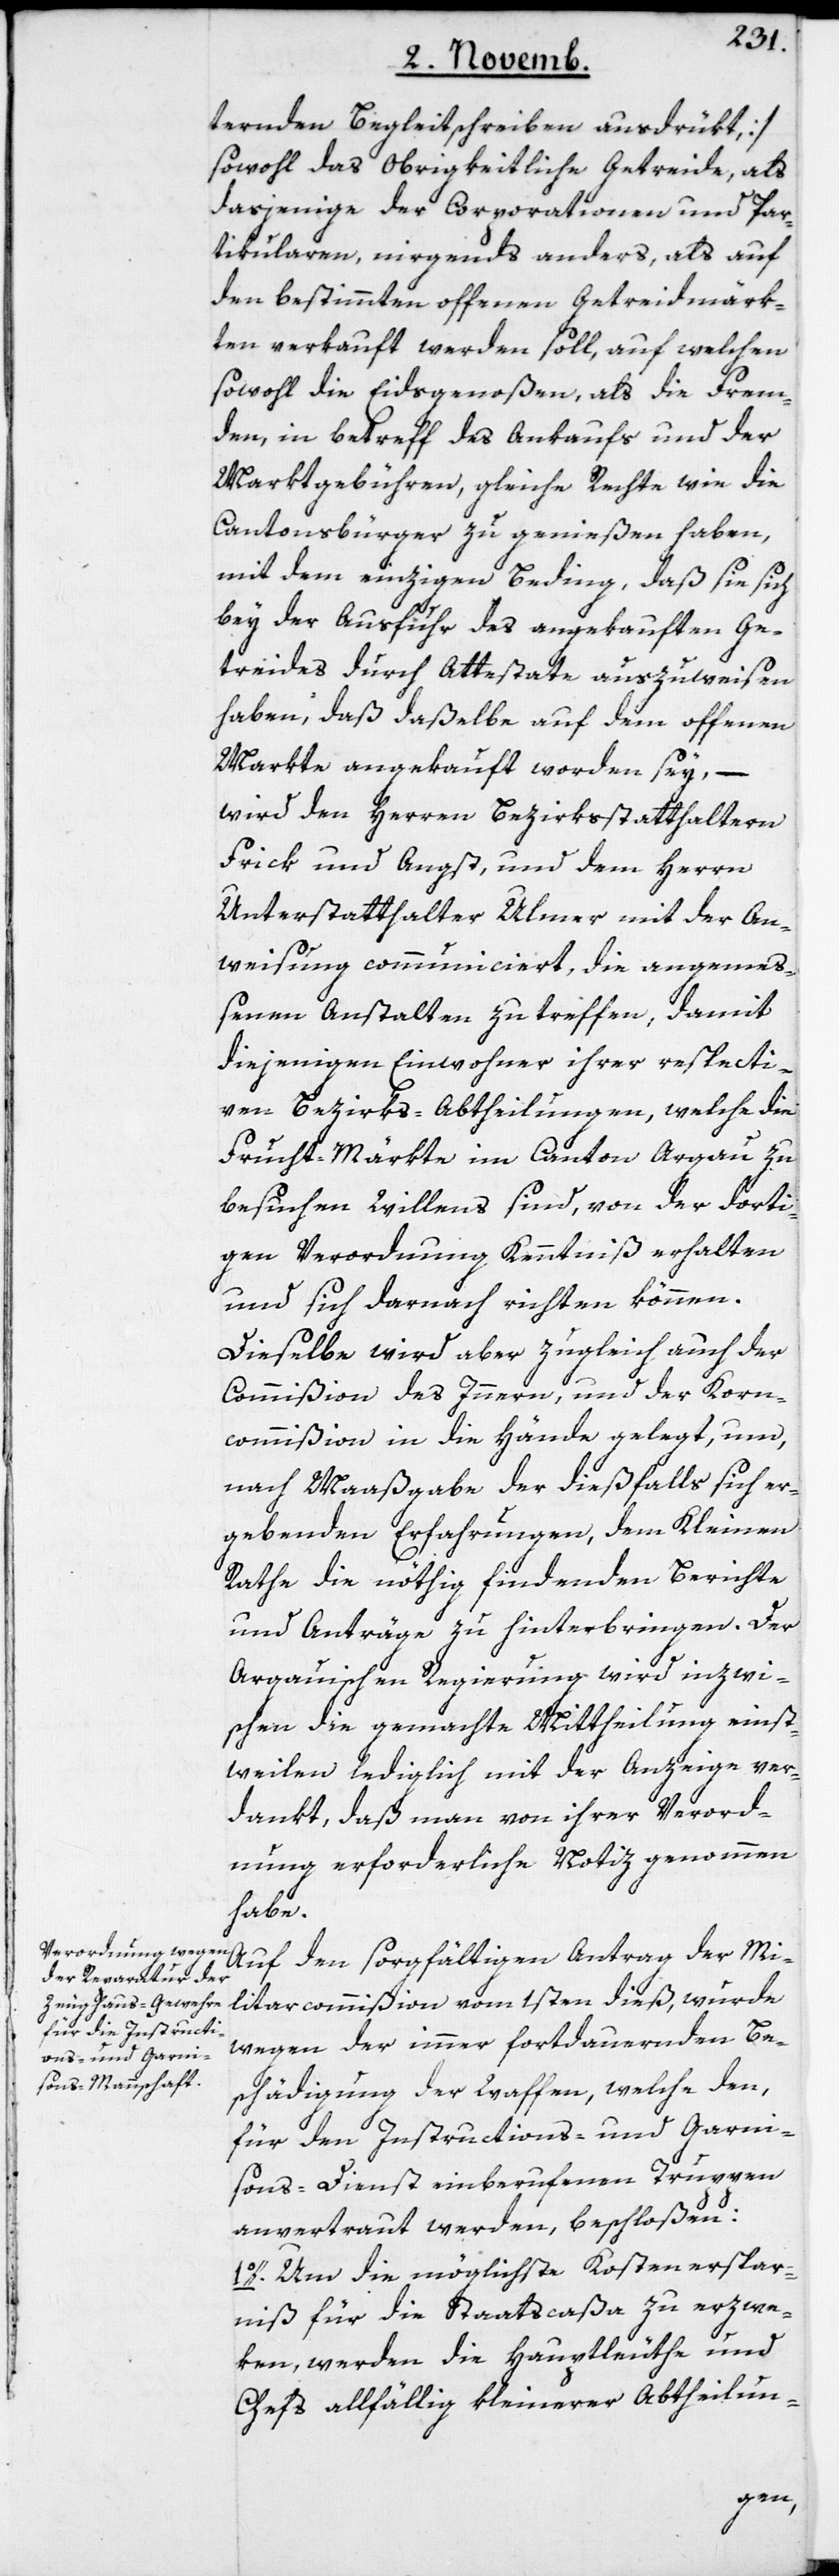
ternden Begleitschreiben ausdrükt,]
sowohl das Obrigkeitliche Getreide, als
dasjenige der Corporationen und Par¬
ticularen, nirgends anders, als auf
den bestimmten offenen Getreidmärk¬
ten verkauft werden soll, auf welchen
sowohl die Eidsgenoßen als die Frem¬
den, in betreff des Ankaufs und der
Marktgebühren, gleiche Rechte wie die
Cantonsbürger zu genießen haben,
mit dem einzigen Beding, daß sie sich
bey der Ausfuhr des angekauften Ge¬
treides durch Attestate auszuweisen
haben, daß daßelbe auf dem offenen
Markte angekauft worden sey, –
wird den Herren Bezirksstatthaltern
Frick und Angst, und dem Herrn
Unterstatthalter Ulmer mit der An¬
weisung communiciert, die angemeß¬
enen Anstalten zu treffen, damit
diejenigen Einwohner ihrer respecti¬
ven Bezirks-Abtheilungen, welche die
Frucht-Märkte im Canton Argau zu
besuchen Willens sind, von der dorti¬
gen Verordnung Kenntniß erhalten
und sich darnach richten können.
Dieselbe wird aber zugleich auch der
Commißion des Innern, und der Korn¬
commißion in die Hände gelegt, um
nach Maaßgabe der dießfalls sich er¬
gebenden Erfahrungen, dem Kleinen
Rathe die nöthig findenden Berichte
und Anträge zu hinterbringen. Der
Argauischen Regierung wird inzwi¬
schen die gemachte Mittheilung einst¬
weilen lediglich mit der Anzeige ver¬
dankt, daß man von ihrer Verord¬
nung erforderliche Notiz genohmen
habe.
Auf den sorgfältigen Antrag der Mi¬
litarcommißion vom 1sten dieß, wurde
wegen der immer fortdauernden Be¬
schädigung der Waffen, welche den,
für den Instructions- und Garni¬
sons-Dienst einberufenen Truppen
anvertraut werden, beschloßen:
1o. Um die möglichste Kostenerspar¬
niß für die Staatscaßa zu erzwe¬
ken, werden die Hauptleuthe und
Chefs allfällig kleinerer Abtheilun-